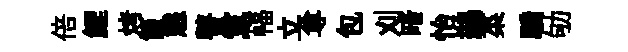
倍鯉烤箇態瞽黨幅立尊包刈暗怡鷀菜驕劬